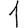
Digit: 1